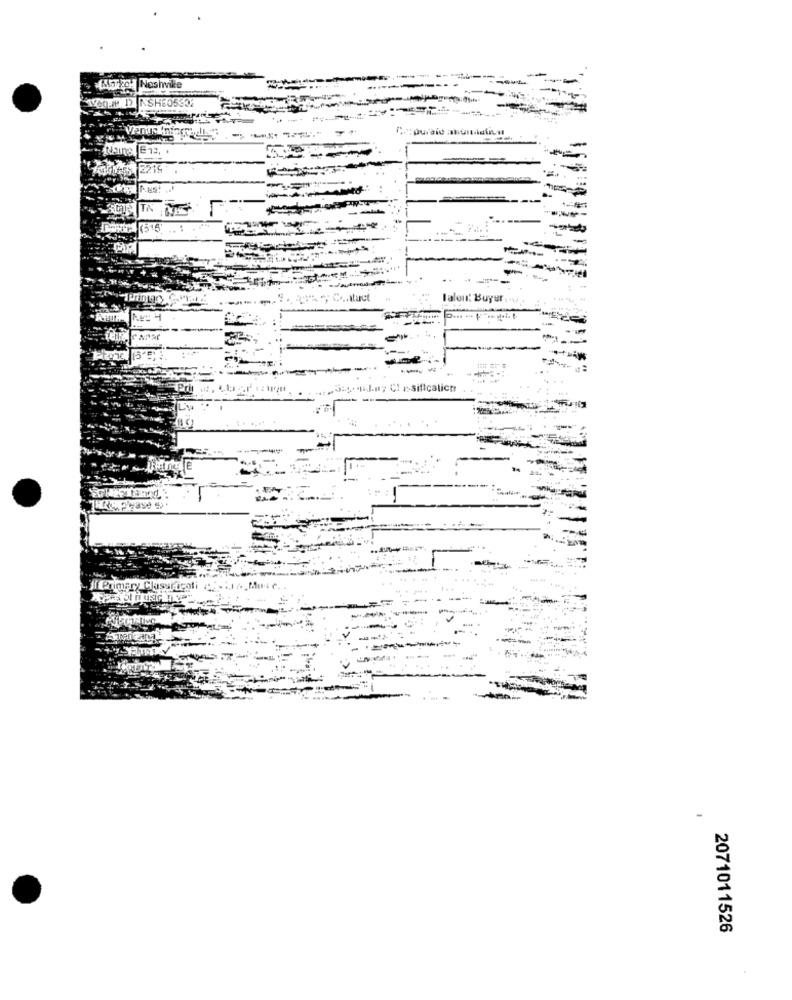
More Noshvike
COLE D NSHE05332
2215
C .. Ituut
lalon: Buyur
... 3-0 4-17 CI-sification
if Primary Classrteali
2071011526